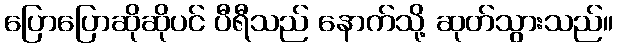
ပြောပြောဆိုဆိုပင် ပီရီသည် နောက်သို့ ဆုတ်သွားသည်။